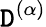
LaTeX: \mathtt{D}^{(\alpha)}